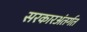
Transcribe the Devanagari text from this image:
सरकारअंतर्गत